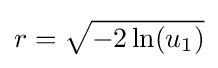
r={\sqrt {-2\ln(u_{1})}}